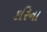
કરિના